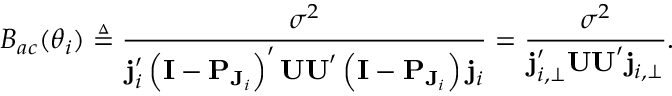
B _ { a c } ( \boldsymbol \theta _ { i } ) \triangleq \frac { \sigma ^ { 2 } } { \mathbf { j } _ { i } ^ { \prime } \left( \mathbf { I } - \mathbf { P } _ { \mathbf { J } _ { i } } \right) ^ { \prime } \mathbf { U U } ^ { \prime } \left( \mathbf { I } - \mathbf { P } _ { \mathbf { J } _ { i } } \right) \mathbf { j } _ { i } } = \frac { \sigma ^ { 2 } } { \mathbf { j } _ { i , \perp } ^ { \prime } \mathbf { U U } ^ { \prime } \mathbf { j } _ { i , \perp } } .